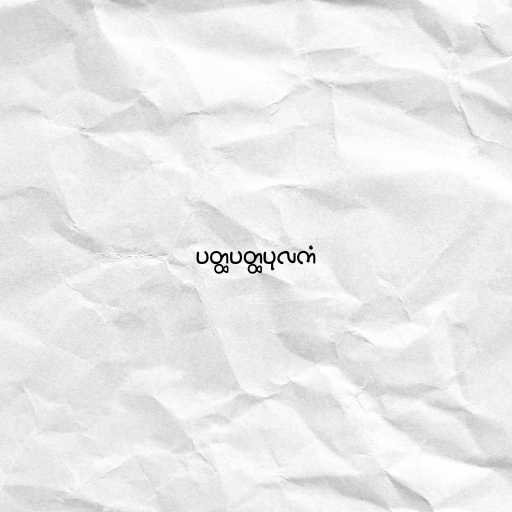
ပတ္ထပတ္ထပုလကံ